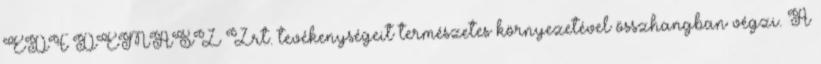
EDF DÉMÁSZ Zrt. tevékenységeit természetes környezetével összhangban végzi. A